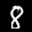
Label: 8